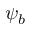
\psi _ { b }